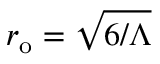
r _ { \mathrm { { o } } } = \sqrt { 6 / \Lambda }